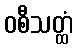
ဝစီသတ္ထံ